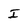
Character: I